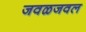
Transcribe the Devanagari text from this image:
जवळजवल